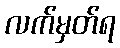
လက်မှတ်ရ